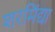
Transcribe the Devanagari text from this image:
शरमिंद्या